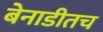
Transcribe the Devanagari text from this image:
बेनाडीतच